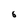
Character: 6